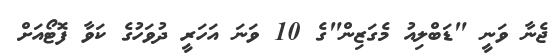
ޖެނާ ވަނީ "ޑަބްލިއު މެގަޒިން"ގެ 10 ވަނަ އަހަރީ ދުވަހުގެ ކަވާ ފޮޓޯއަށް